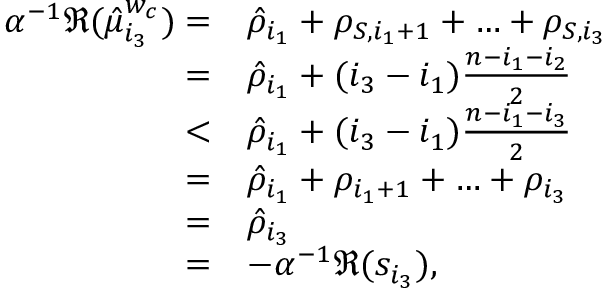
\begin{array} { r l } { \alpha ^ { - 1 } \Re ( \hat { \mu } _ { i _ { 3 } } ^ { w _ { c } } ) = } & { \hat { \rho } _ { i _ { 1 } } + \rho _ { S , i _ { 1 } + 1 } + \ldots + \rho _ { S , i _ { 3 } } } \\ { = } & { \hat { \rho } _ { i _ { 1 } } + ( i _ { 3 } - i _ { 1 } ) \frac { n - i _ { 1 } - i _ { 2 } } { 2 } } \\ { < } & { \hat { \rho } _ { i _ { 1 } } + ( i _ { 3 } - i _ { 1 } ) \frac { n - i _ { 1 } - i _ { 3 } } { 2 } } \\ { = } & { \hat { \rho } _ { i _ { 1 } } + \rho _ { i _ { 1 } + 1 } + \ldots + \rho _ { i _ { 3 } } } \\ { = } & { \hat { \rho } _ { i _ { 3 } } } \\ { = } & { - \alpha ^ { - 1 } \Re ( s _ { i _ { 3 } } ) , } \end{array}